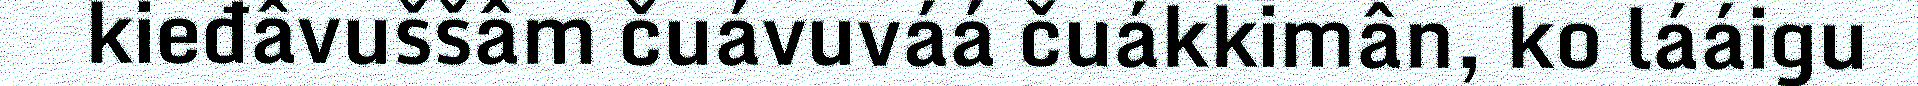
kieđâvuššâm čuávuváá čuákkimân, ko lááigu